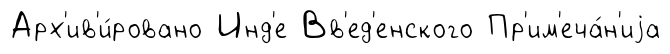
Арх'ив'и́ровано Инд'е Вв'ед'енского Пр'им'еча́н'иjа